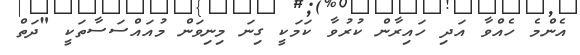
އެންމެ ހެއްވާ އަދި ހައިރާން ކުރުވާ ކަމަކީ ގިނަ މިނިވަން މުއައްސަސާތަކީ "ދަތް